Source: Computer-generated
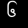
Digit: ၆ (6)